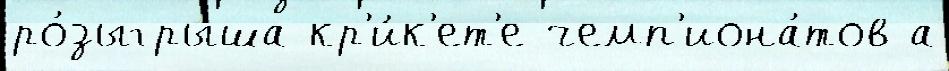
ро́зыгрыша кр'и́к'ет'е чемп'иона́тов а